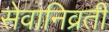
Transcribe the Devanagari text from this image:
सेवानिव्रती